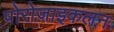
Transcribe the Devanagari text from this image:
पोरोज़ाइकलन